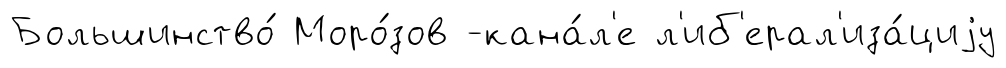
Большинство́ Моро́зов -кана́л'е л'иб'ерал'иза́циjу